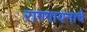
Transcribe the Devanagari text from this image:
रागगायनाचे